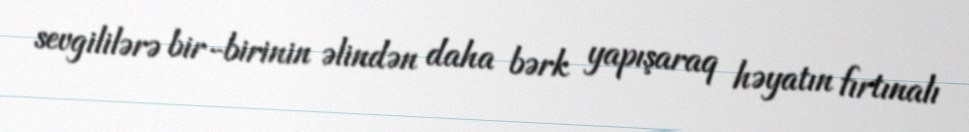
sevgililərə bir-birinin əlindən daha bərk yapışaraq həyatın fırtınalı